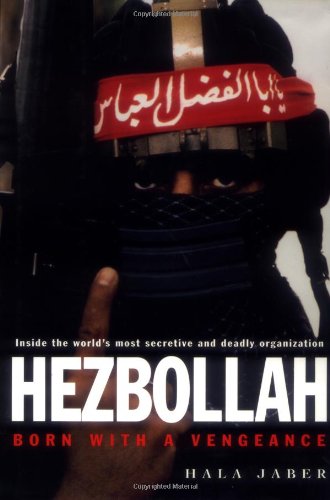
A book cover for Hezbollah; Hala Jaber; History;